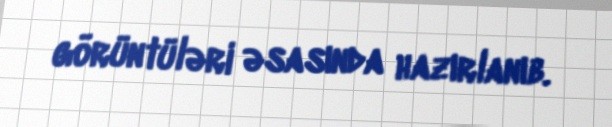
görüntüləri əsasında hazırlanıb.